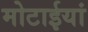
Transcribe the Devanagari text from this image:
मोटाईयां